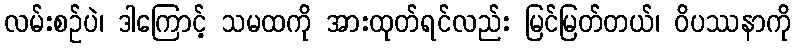
လမ်းစဉ်ပဲ၊ ဒါကြောင့် သမထကို အားထုတ်ရင်လည်း မြင်မြတ်တယ်၊ ဝိပဿနာကို